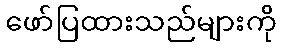
ဖော်ပြထားသည်များကို